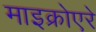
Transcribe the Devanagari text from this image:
माइक्रोएरे